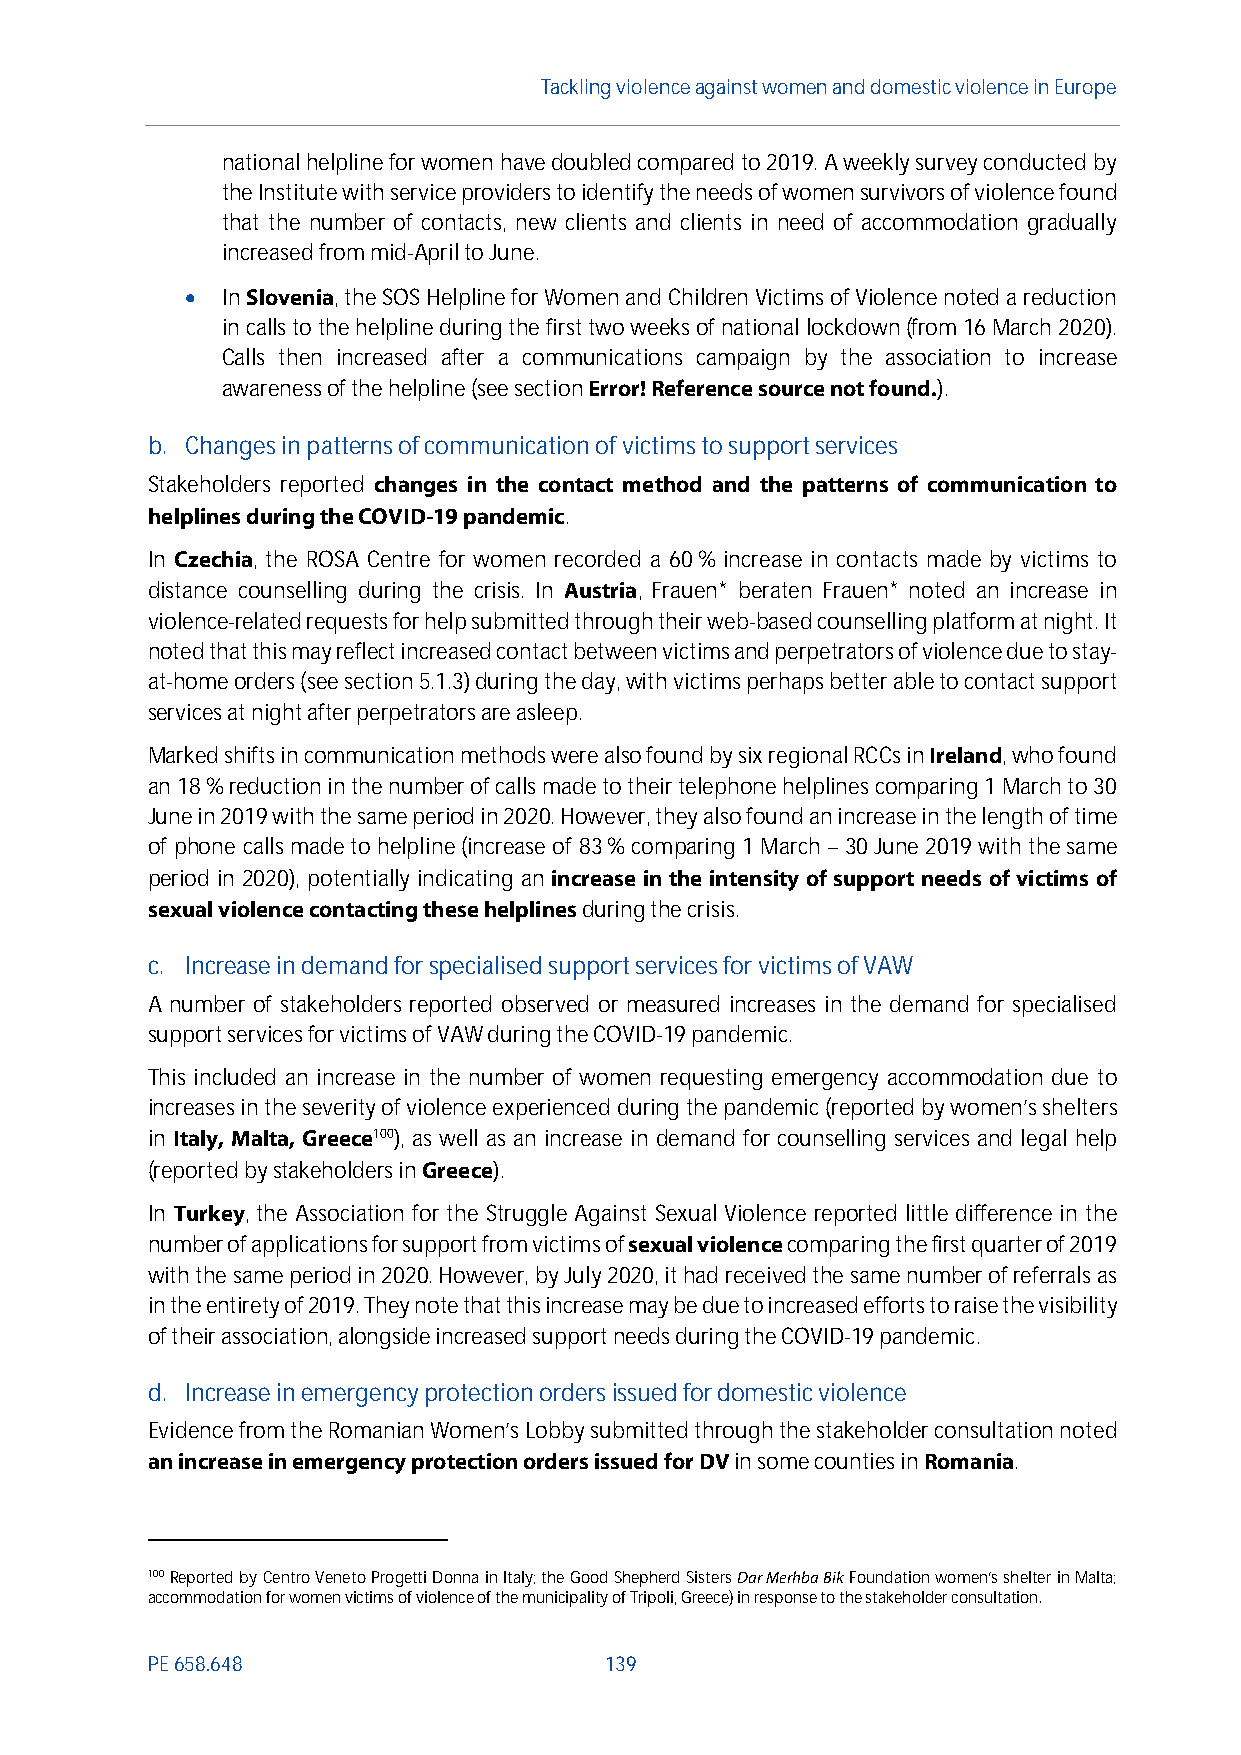
Tackling violenceagainst women and domestic violence in Europe
 national helpline for women have doubled compared to 2019. A weekly survey conducted by
 the Institute with service providers to identify the needs of women survivors of violence found
 that the number of contacts, new clients and clients in need of accommodation gradually
 increased frommid-April to June.
   InSlovenia, the SOS Helpline for Women and Children Victims of Violence noted a reduction
 in calls to the helpline during the first two weeks of national lockdown(from 16 March 2020).
 Calls then increased after a communications campaign by the association to increase
 awareness of the helpline (see sectionError!Reference source not found.).
 b. Changes in patterns of communication of victims to support services
 Stakeholders reported changes in the contact method and the patterns of communication to
 helplines during theCOVID-19 pandemic.
 In Czechia, the ROSA Centre for women recorded a 60% increase in contacts made by victims to
 distance counselling during the crisis. In Austria, Frauen* beraten Frauen* noted an increase in
 violence-related requests for help submitted through their web-based counselling platform at night. It
 noted that this may reflect increased contact between victims and perpetrators of violence due to stay-
 at-home orders (see section5.1.3)during the day,withvictims perhaps better ableto contact support
 services at night after perpetrators are asleep.
 Marked shifts in communication methods were also found by six regional RCCs inIreland,who found
 an 18%reduction in the number of calls made to their telephone helplines comparing 1 March to 30
 June in 2019 with the same period in 2020. However, they also found an increase in the length of time
 of phone calls made to helpline (increase of 83% comparing 1 March –30 June 2019 with the same
 period in 2020), potentially indicating an increase in the intensity of support needs of victims of
 sexual violence contacting these helplinesduring the crisis.
 c. Increase in demandforspecialised support services for victims of VAW
 A number of stakeholders reported observed or measured increases in the demand for specialised
 support services for victims of VAW during the COVID-19 pandemic.
 This included an increase in the number of women requesting emergency accommodation due to
 increases in the severity of violence experienced during the pandemic (reported by women’s shelters
 in Italy, Malta, Greece100), as well as an increase in demand for counselling services and legal help
 (reported by stakeholders inGreece).
 In Turkey, the Association for the Struggle Against Sexual Violence reported little difference in the
 number of applications for support from victims ofsexual violencecomparing thefirst quarter of 2019
 with the same period in 2020. However, by July 2020, it had received the same number of referrals as
 inthe entirety of 2019. They note that this increase may be due to increased efforts to raise the visibility
 of their association, alongside increased support needs during the COVID-19 pandemic.
 d. Increase in emergency protection ordersissuedfor domestic violence
 Evidence from the Romanian Women’s Lobby submitted through the stakeholder consultation noted
 an increase in emergency protection orders issued for DVin some counties inRomania.
 100Reported by Centro Veneto Progetti Donna in Italy; the Good Shepherd SistersDar Merhba BikFoundation women’s shelter in Malta;
 accommodation for women victims of violence of the municipality of Tripoli, Greece) in response to the stakeholder consultation.
 PE658.648                     139